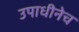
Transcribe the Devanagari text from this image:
उपाधीनेच